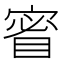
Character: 䁇